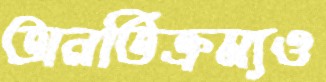
অনতিক্রম্যও